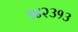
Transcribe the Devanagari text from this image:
३४२३१३